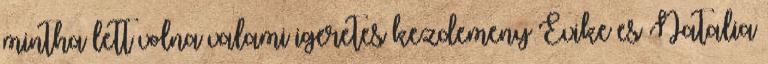
mintha lett volna valami igeretes kezdemeny Evike es Natalia